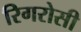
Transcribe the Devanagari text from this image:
रिगरोसी